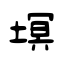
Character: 塓